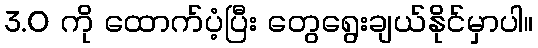
3.0 ကို ထောက်ပံ့ပြီး တွေရွေးချယ်နိုင်မှာပါ။